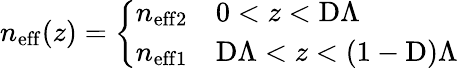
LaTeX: n_{\mathrm{eff}}(z)=\left\{ \begin{array}{ll}{n_{\mathrm{eff2}}}&{0<z<\mathrm{D}\Lambda}\\ {n_{\mathrm{eff1}}}&{\mathrm{D}\Lambda<z<(1-\mathrm{D})\Lambda}\end{array}\right.